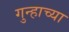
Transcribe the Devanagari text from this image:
गुन्हाच्या